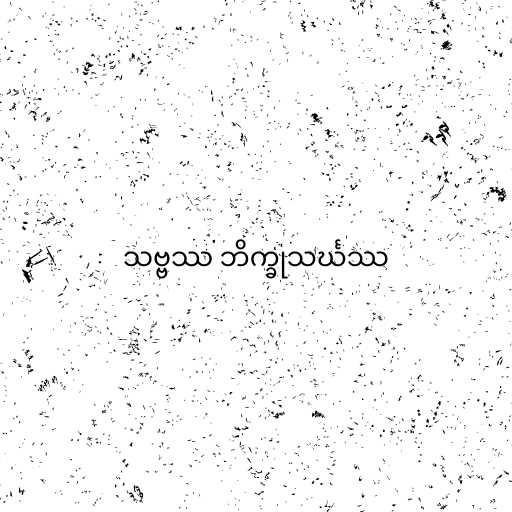
သဗ္ဗဿ ဘိက္ခုသင်္ဃဿ